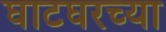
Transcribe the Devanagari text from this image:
घाटघरच्या